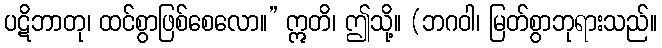
ပဋိဘာတု၊ ထင်စွာဖြစ်စေလော။” ဣတိ၊ ဤသို့။ (ဘဂဝါ၊ မြတ်စွာဘုရားသည်။